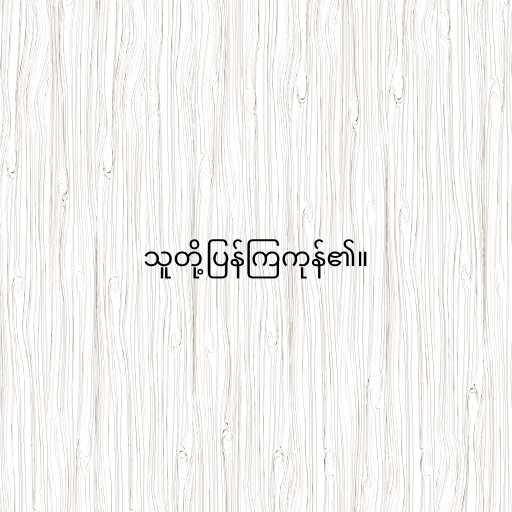
သူတို့ပြန်ကြကုန်၏။